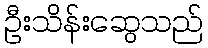
ဦးသိန်းဆွေသည်